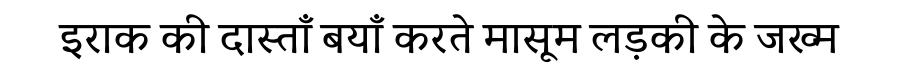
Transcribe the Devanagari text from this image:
इराक की दास्ताँ बयाँ करते मासूम लड़की के जख्म